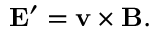
\mathbf { E } ^ { \prime } = \mathbf { v } \times \mathbf { B } .